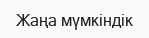
Жаңа мүмкіндік